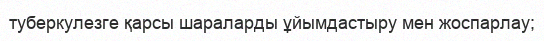
туберкулезге қарсы шараларды ұйымдастыру мен жоспарлау;